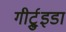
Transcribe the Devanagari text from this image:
गीर्ट्रुइडा